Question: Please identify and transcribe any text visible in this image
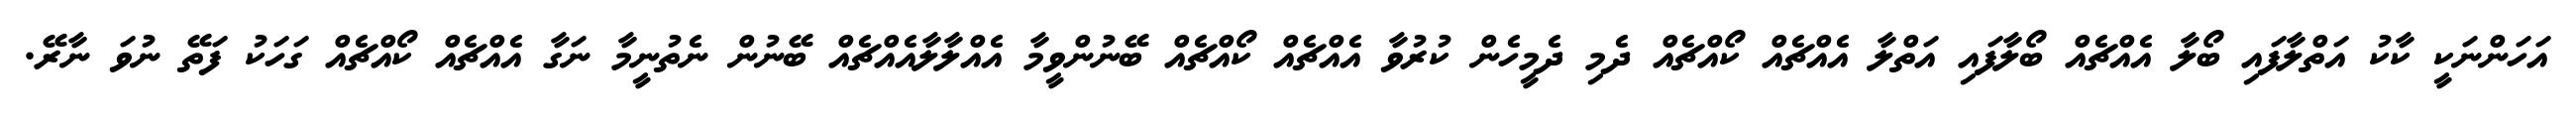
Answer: އަހަންނަކީ ކާކު އަތްލާފައި ބޯލާ އެއްޗެއް ބޯލާފައި އަތްލާ އެއްޗެއް ކޯއްޗެއް ދެމި ދެމީހެން ކުރުވާ އެއްޗެއް ކޯއްޗެއް ބޭނުންވީމާ އެއްލާލާއެއްޗެއް ބޭނުން ނެތުނީމާ ނަގާ އެއްޗެއް ކޯއްޗެއް ގަހަކު ފަތޭ ނުވަ ނާރޭ.